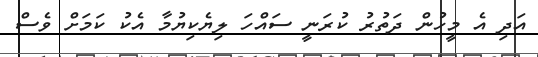
އަދި އެ މީހުން ދަތުރު ކުރަނީ ސައްހަ ލިޔެކިޔުމާ އެކު ކަމަށް ވެސް